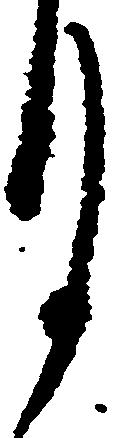
月